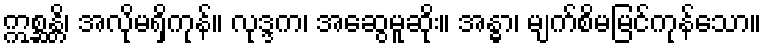
ဣစ္ဆန္တိ၊ အလိုမရှိကုန်။ လုဒ္ဒက၊ အဆွေမူဆိုး။ အန္ဓာ၊ မျက်စိမမြင်ကုန်သော။